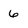
Character: 6